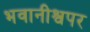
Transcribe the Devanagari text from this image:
भवानीश्वपर